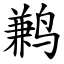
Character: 鹣